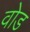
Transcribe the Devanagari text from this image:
वोड